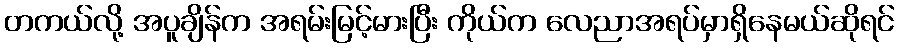
တကယ်လို့ အပူချိန်က အရမ်းမြင့်မားပြီး ကိုယ်က လေညာအရပ်မှာရှိနေမယ်ဆိုရင်